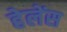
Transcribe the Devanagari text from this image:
हेलेंस